Report of the Municipal Commissioner on the plague in Bombay for the year ending 31st May... - Volume 1
Disease focus: Plague
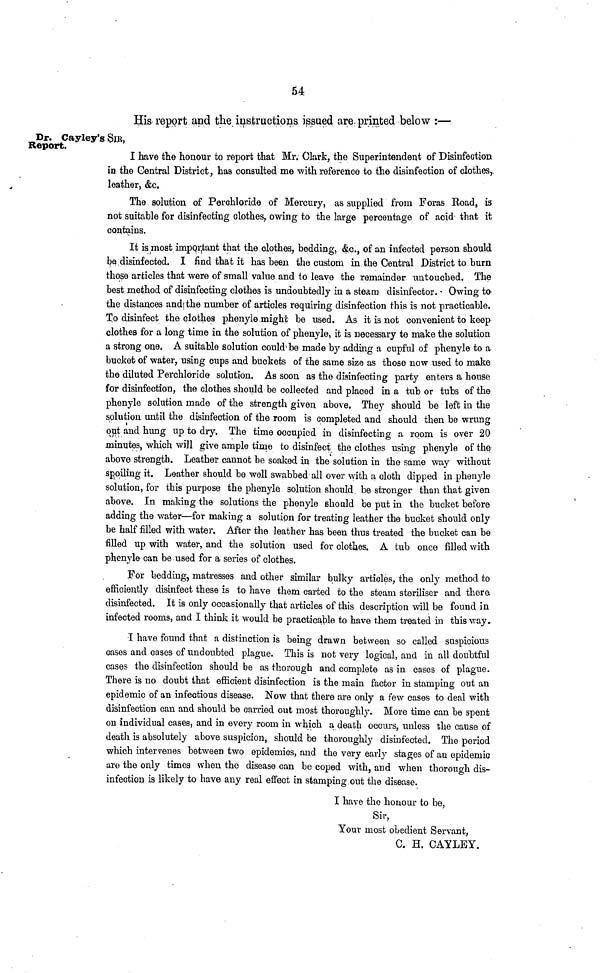
54
Dr. Cayley's SIR,
Report.
His report and thé instructions issued are printed below :—
I have the honour to report that Mr. Clark, the Superintendent of Disinfection
in the Central District, has consulted me with reference to the disinfection of clothes,
leather, &c.
The solution of Perchloride of Mercury, as supplied from Foras Road, is
not suitable for disinfecting clothes, owing to the large percentage of acid that it
contains.
It is most important that the clothes, bedding, &c., of an infected person should
be disinfected. I find that it has been the custom in the Central District to burn
those articles that were of small value and to leave the remainder untouched. The
best method of disinfecting clothes is undoubtedly in a steam disinfector. Owing to
the distances and the number of articles requiring disinfection this is not practicable.
To disinfect the clothes phenyle might be used. As it is not convenient to keep
clothes for a long time in the solution of phenyle, it is necessary te make the solution
a strong one. A suitable solution could be made by adding a cupful of phenyle to a
bucket of water, using cups and buckets of the same size as those now used to make
the diluted Perchloride solution. As soon as the disinfecting party enters a house
for disinfection, the clothes should be collected and placed in a tub or tubs of the
phenyle solution made of the strength given above. They should be left in the
solution until the disinfection of the room is completed and should then be wrung
out and hung up to dry. The time occupied in disinfecting a room is over 20
minutes, which will give ample time to disinfect the clothes using phenyle of the
above strength. Leather cannot be soaked in the solution in the same way without
spoiling it. Leather should be well swabbed all over with a cloth dipped in phenyle
solution, for this purpose the phenyle solution should be stronger than that given
above. In making the solutions the phenyle should be put in the bucket before
adding the water—for making a solution for treating leather the bucket should only
be half filled with water. After the leather has been thus treated the bucket can be
filled up with water, and the solution used for clothes. A tub once filled with
phenyle can be used for a series of clothes.
For bedding, matresses and other similar bulky articles, the only method to
efficiently disinfect these is to have them carted to the steam steriliser and there
disinfected. It is only occasionally that articles of this description will be found in
infected rooms, and I think it would be practicable to have them treated in this way.
I have found that a distinction is being drawn between so called suspicious
cases and cases of undoubted plague. This is not very logical, and in all doubtful
cases the disinfection should be as thorough and complete as in cases of plague.
There is no doubt that efficient disinfection is the main factor in stamping out an
epidemic of an infectious disease. Now that there are only a few cases to deal with
disinfection can and should be carried out most thoroughly. More time can be spent
on individual cases, and in every room in which a death occurs, unless the cause of
death is absolutely above suspicion, should be thoroughly disinfected. The period
which intervenes between two epidemics, and the very early stages of an epidemic
are the only times when the disease can be coped with, and when thorough dis-
infection is likely to have any real effect in stamping out the disease.
I have the honour to be,
Sir,
Your most obedient Servant,
C. H. CAYLEY.